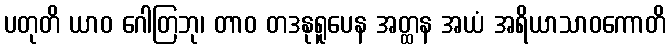
ပတုတိ ယာဝ ဂေါတြဘု၊ တာဝ တဒနုရူပေန အတ္ထန အယံ အရိယာသာဝကောတိ